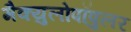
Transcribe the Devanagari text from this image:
मैक्युलोपॉपुलर